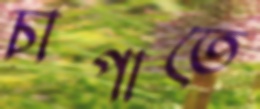
চাপাতে